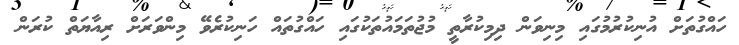
ހައްގުތަށް އުނިކުރުމުގައި މިނިވަން ދިމިކުރާތީ މުޖުތަމައުތަކުގައި ހައްގުތައް ހަނިކުރެވޭ މިންވަރަށް ރިއާޔަތް ކުރަން